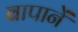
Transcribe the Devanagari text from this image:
बापानें